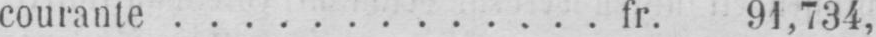
courante ............. fr. 91,734,